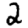
Digit: 2